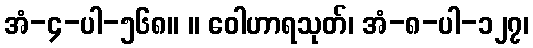
အံ-၄-ပါ-၅၆၈။ ။ ဝေါဟာရသုတ်၊ အံ-၈-ပါ-၁၂၇၊